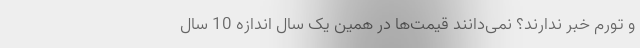
و تورم خبر ندارند؟ نمی‌دانند قیمت‌ها در همین یک سال اندازه 10 سال